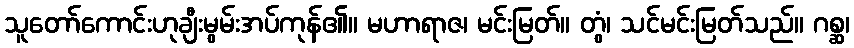
သူတော်ကောင်းဟုချီးမွမ်းအပ်ကုန်၏။ မဟာရာဇ၊ မင်းမြတ်။ တွံ၊ သင်မင်းမြတ်သည်။ ဂစ္ဆ၊